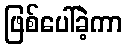
ဖြစ်ပေါ်ခဲ့ကာ